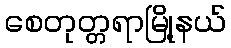
စေတုတ္တရာမြို့နယ်